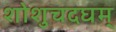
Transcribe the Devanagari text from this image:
शोशुचदघम्